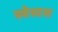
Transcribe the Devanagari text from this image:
स्बेस्टस